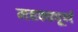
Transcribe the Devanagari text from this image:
महक्वपूर्ण